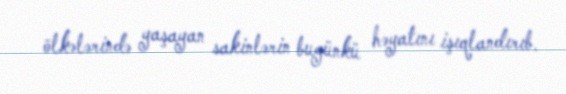
ölkələrində yaşayan sakinlərin bugünkü həyatını işıqlandırıb.